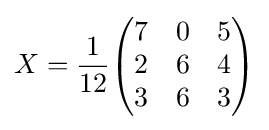
X={\frac {1}{12}}{\begin{pmatrix}7&0&5\\2&6&4\\3&6&3\end{pmatrix}}